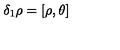
\delta _ { 1 } \rho = [ \rho , \theta ]